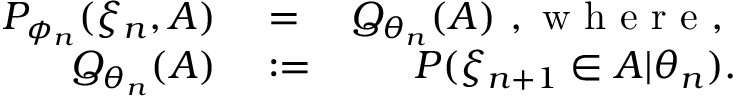
\begin{array} { r l r } { P _ { \phi _ { n } } ( \xi _ { n } , A ) } & { { } = } & { Q _ { \theta _ { n } } ( A ) \mathrm { ~ , ~ w ~ h ~ e ~ r ~ e ~ , ~ } } \\ { \ Q _ { \theta _ { n } } ( A ) } & { { } : = } & { P ( \xi _ { n + 1 } \in A | \theta _ { n } ) . } \end{array}